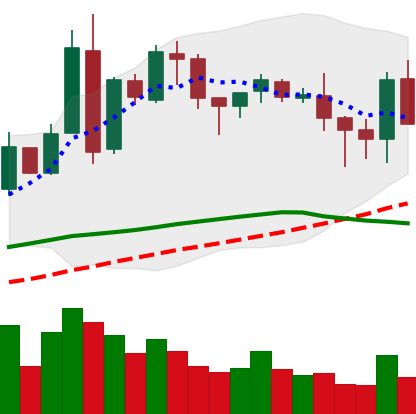
Ticker: BNB-USD
Chart end date: 2018-05-10
Forward return: -9.05%
Label: down_7plus